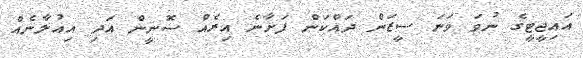
އައިޖީޓީގެ ނުވަ ވަނަ ސީޒަން ދައްކަން ފަށާނެ އިރެއް ސޮނީން އަދި އިއުލާނެއް